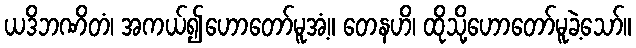
ယဒိဘဏိတံ၊ အကယ်၍ဟောတော်မူအံ့။ တေနဟိ၊ ထိုသို့ဟောတော်မူခဲ့သော်။